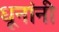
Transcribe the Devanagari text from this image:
धूनांनी